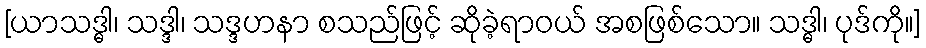
[ယာသဒ္ဓါ၊ သဒ္ဒါ၊ သဒ္ဒဟနာ စသည်ဖြင့် ဆိုခဲ့ရာဝယ် အစဖြစ်သော။ သဒ္ဓါ၊ ပုဒ်ကို။]